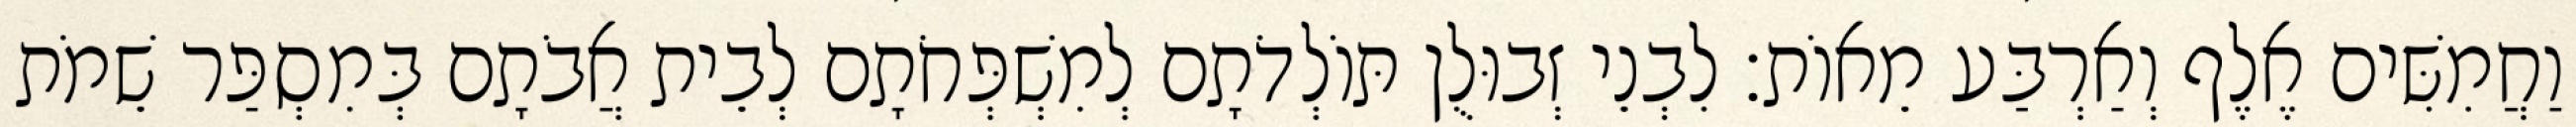
וַחֲמִשִּׁים אֶלֶף וְאַרְבַּע מֵאוֹת׃ לִבְנֵי זְבוּלֻן תּוֹלְדֹתָם לְמִשְׁפְּחֹתָם לְבֵית אֲבֹתָם בְּמִסְפַּר שֵׁמֹת